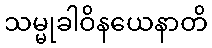
သမ္မုခါဝိနယေနာတိ